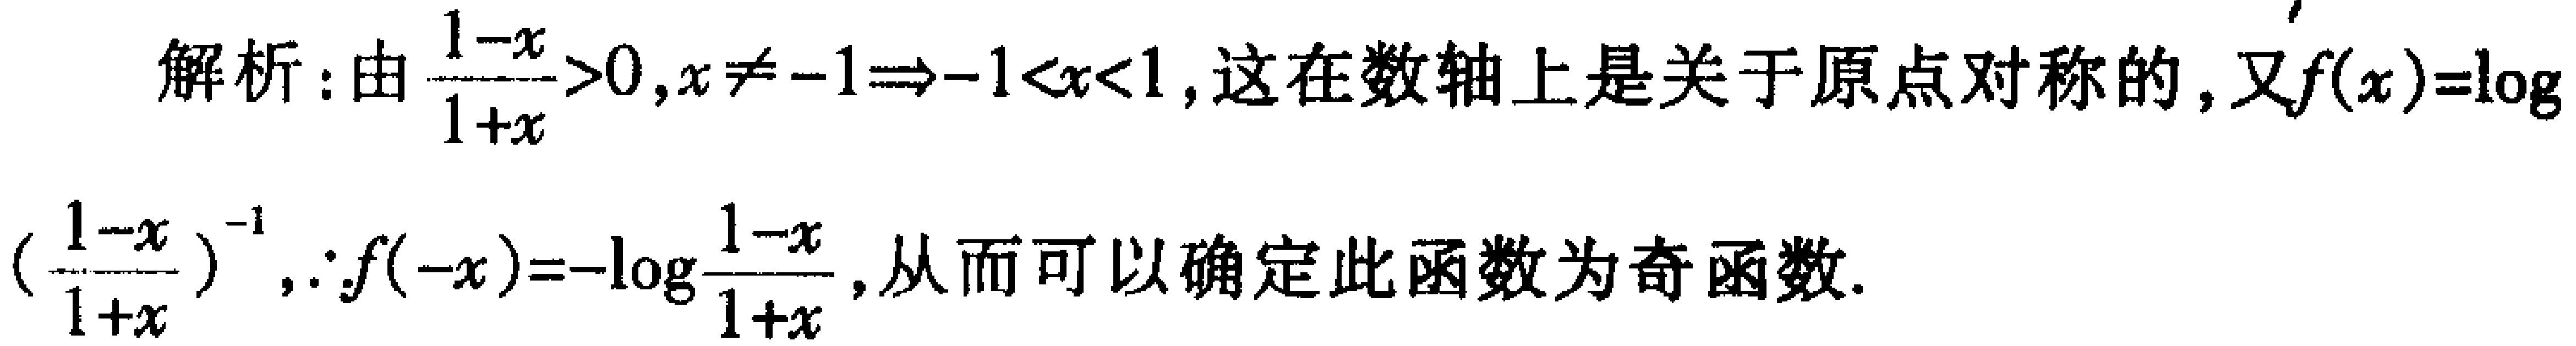
解析：由$\frac{1 - x}{1 + x}>0,x\neq - 1\Rightarrow - 1<x<1$，这在数轴上是关于原点对称的，又$f(x)=\log_2(\frac{1 - x}{1 + x})^{-1}$，$\because f( - x)=-\log_2\frac{1 - x}{1 + x}$，从而可以确定此函数为奇函数.